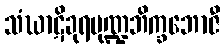
သံဃာဋိခုရမုဏ္ဍဘိက္ခဘောဇီ